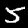
Digit: 5